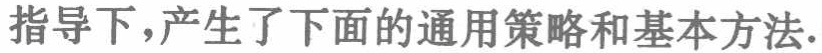
指导下，产生了下面的通用策略和基本方法.